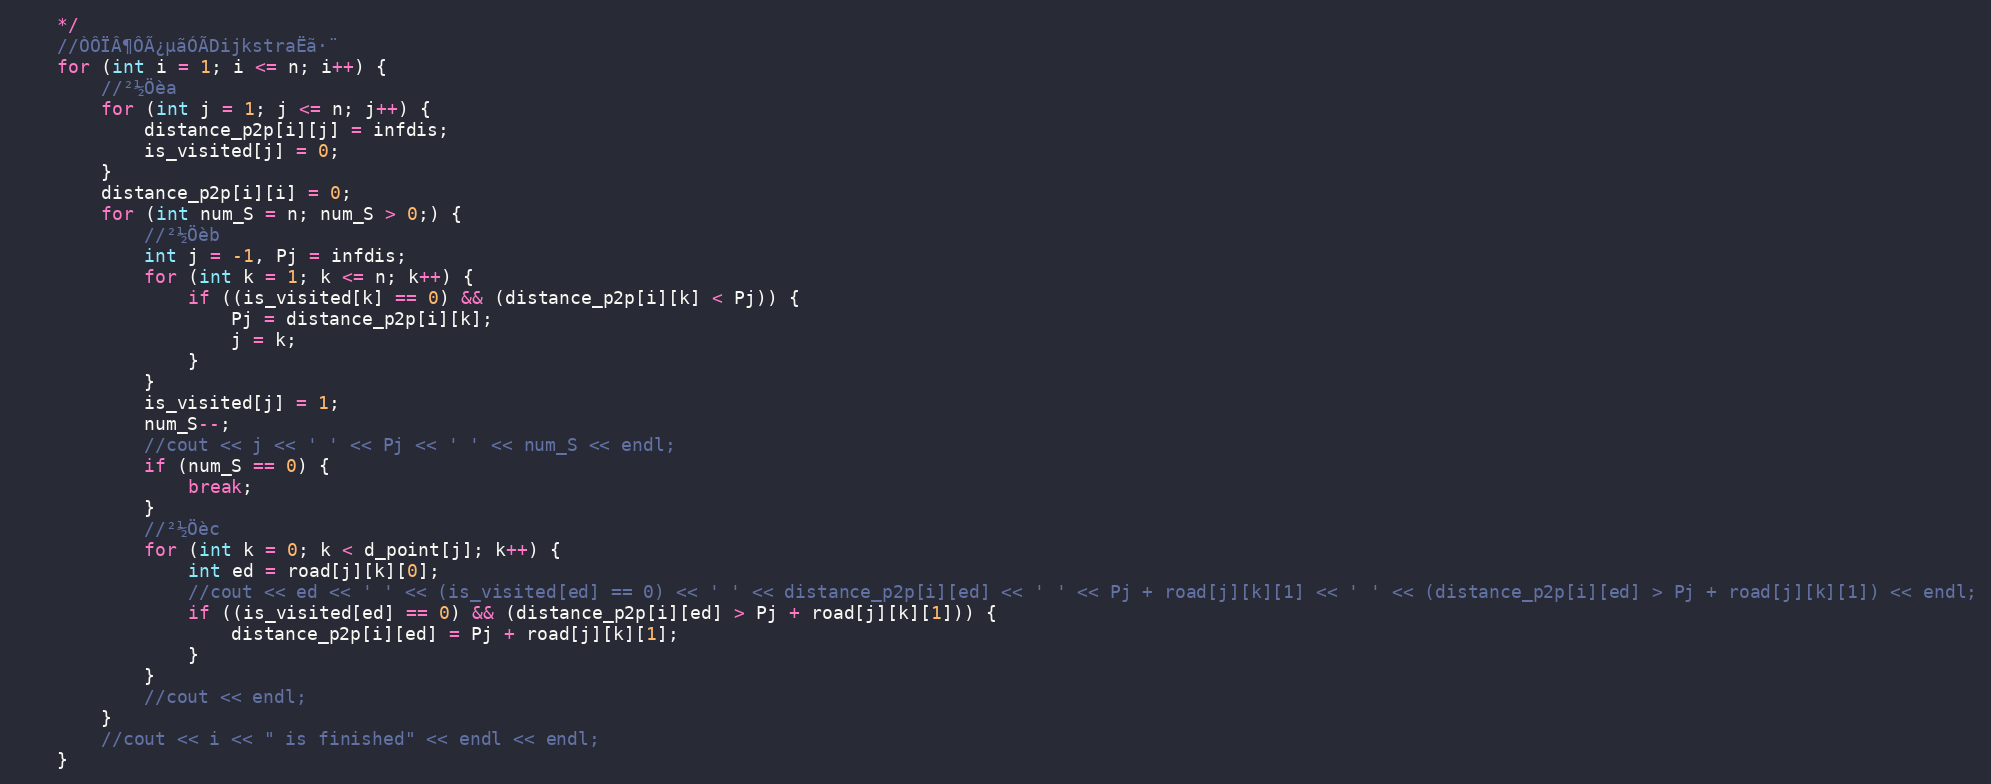
Language: C++
	*/
	//ÒÔÏÂ¶ÔÃ¿µãÓÃDijkstraËã·¨
	for (int i = 1; i <= n; i++) {
		//²½Öèa
		for (int j = 1; j <= n; j++) {
			distance_p2p[i][j] = infdis;
			is_visited[j] = 0;
		}
		distance_p2p[i][i] = 0;
		for (int num_S = n; num_S > 0;) {
			//²½Öèb
			int j = -1, Pj = infdis;
			for (int k = 1; k <= n; k++) {
				if ((is_visited[k] == 0) && (distance_p2p[i][k] < Pj)) {
					Pj = distance_p2p[i][k];
					j = k;
				}
			}
			is_visited[j] = 1;
			num_S--;
			//cout << j << ' ' << Pj << ' ' << num_S << endl;
			if (num_S == 0) {
				break;
			}
			//²½Öèc
			for (int k = 0; k < d_point[j]; k++) {
				int ed = road[j][k][0];
				//cout << ed << ' ' << (is_visited[ed] == 0) << ' ' << distance_p2p[i][ed] << ' ' << Pj + road[j][k][1] << ' ' << (distance_p2p[i][ed] > Pj + road[j][k][1]) << endl;
				if ((is_visited[ed] == 0) && (distance_p2p[i][ed] > Pj + road[j][k][1])) {
					distance_p2p[i][ed] = Pj + road[j][k][1];
				}
			}
			//cout << endl;
		}
		//cout << i << " is finished" << endl << endl;
	}